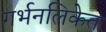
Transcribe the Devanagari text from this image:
गर्भनलिकेत